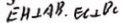
E H \bot A B . E C \bot D C